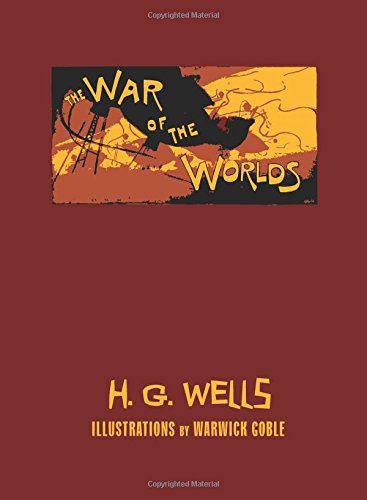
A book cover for The War of the Worlds; H. G. Wells; Science Fiction & Fantasy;